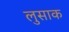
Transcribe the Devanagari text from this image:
लुसाक